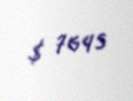
$ 7645